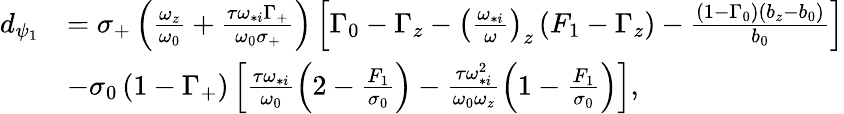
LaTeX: \begin{array}{rl}{d_{\psi_{1}}}&{=\sigma_{+}\left(\frac{\omega_{z}}{\omega_{0}}+\frac{\tau\omega_{*i}\Gamma_{+}}{\omega_{0}\sigma_{+}}\right)\left[\Gamma_{0}-\Gamma_{z}-\left(\frac{\omega_{*i}}{\omega}\right)_{z}\left(F_{1}-\Gamma_{z}\right)-\frac{\left(1-\Gamma_{0}\right)\left(b_{z}-b_{0}\right)}{b_{0}}\right]}\\ &{-\sigma_{0}\left(1-\Gamma_{+}\right)\left[\frac{\tau\omega_{*i}}{\omega_{0}}\left(2-\frac{F_{1}}{\sigma_{0}}\right)-\frac{\tau\omega_{*i}^{2}}{\omega_{0}\omega_{z}}\left(1-\frac{F_{1}}{\sigma_{0}}\right)\right],}\end{array}